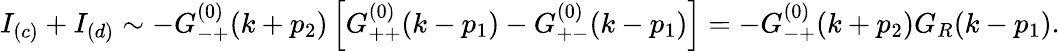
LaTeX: I_{(c)}+I_{(d)}\sim-G_{-+}^{(0)}(k+p_{2})\left[G_{++}^{(0)}(k-p_{1})-G_{+-}^{(0)}(k-p_{1})\right]=-G_{-+}^{(0)}(k+p_{2})G_{R}(k-p_{1}).